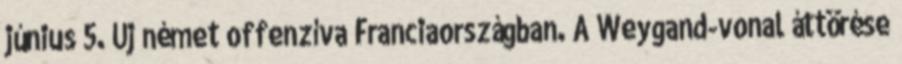
június 5. Új német offenzíva Franciaországban. A Weygand-vonal áttörése